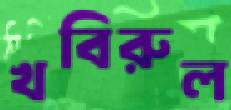
খবিরুল